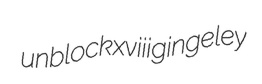
unblock xviii gingeley